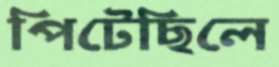
পিটেছিলে